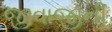
જીવાજીની